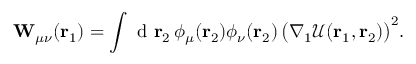
\mathbf { W } _ { \mu \nu } ( { \mathbf { r } _ { 1 } } ) = \int \mathrm { ~ d ~ } { \mathbf { r } _ { 2 } } \, \phi _ { \mu } ( { \mathbf { r } _ { 2 } } ) \phi _ { \nu } ( { \mathbf { r } _ { 2 } } ) \, \big ( \nabla _ { 1 } \mathcal { U } ( { \mathbf { r } _ { 1 } } , { \mathbf { r } _ { 2 } } ) \big ) ^ { 2 } .